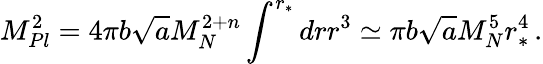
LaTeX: M_{Pl}^{2}=4\pi b\sqrt{a}M_{N}^{2+n}\int^{r_{*}}drr^{3}\simeq\pi b\sqrt{a}M_{N}^{5}r_{*}^{4}\, .